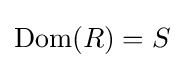
\displaystyle {{\text{Dom}}(R)=S}